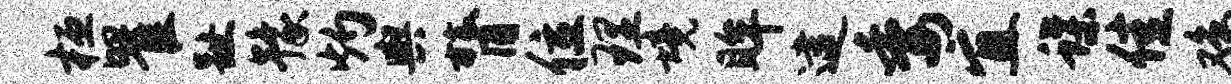
桓瞿趾豫灼舆膂位理境眸逮委宜蝶佳鸡